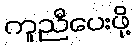
ကူညီပေးဖို့